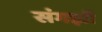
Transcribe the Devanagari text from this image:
संगझी